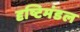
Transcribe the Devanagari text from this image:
दृष्टिमंडल